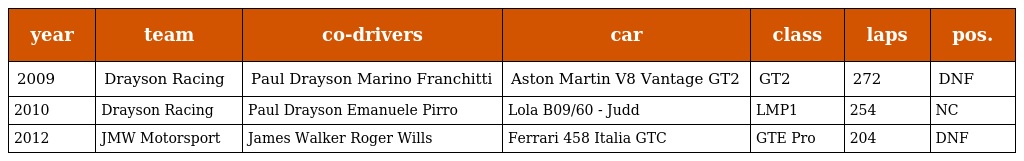
| year | team | co-drivers | car | class | laps | pos. |
 | --- | --- | --- | --- | --- | --- | --- |
 | 2009 | Drayson Racing | Paul Drayson Marino Franchitti | Aston Martin V8 Vantage GT2 | GT2 | 272 | DNF |
 | 2010 | Drayson Racing | Paul Drayson Emanuele Pirro | Lola B09/60 - Judd | LMP1 | 254 | NC |
 | 2012 | JMW Motorsport | James Walker Roger Wills | Ferrari 458 Italia GTC | GTE Pro | 204 | DNF |